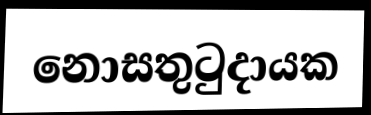
නොසතුටුදායක